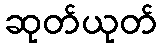
ဆုတ်ယုတ်